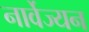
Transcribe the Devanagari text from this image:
नार्वेज्यन